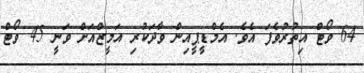
64 ވޯޓް އިތުރުވެފަ އެވެ. އެމްޑީޕީއިން ވާދަކުރި އަމީޒްއަށް ވަނީ 45 ވޯޓް